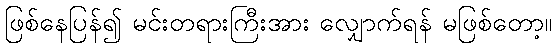
ဖြစ်နေပြန်၍ မင်းတရားကြီးအား လျှောက်ရန် မဖြစ်တော့။